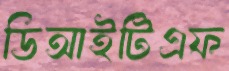
ডিআইটিএফ